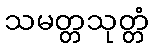
သမတ္တသုတ္တံ